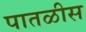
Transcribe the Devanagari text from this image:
पातळीस